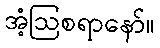
အံ့ဩစရာနော်။